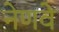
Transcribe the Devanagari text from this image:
नेणवे